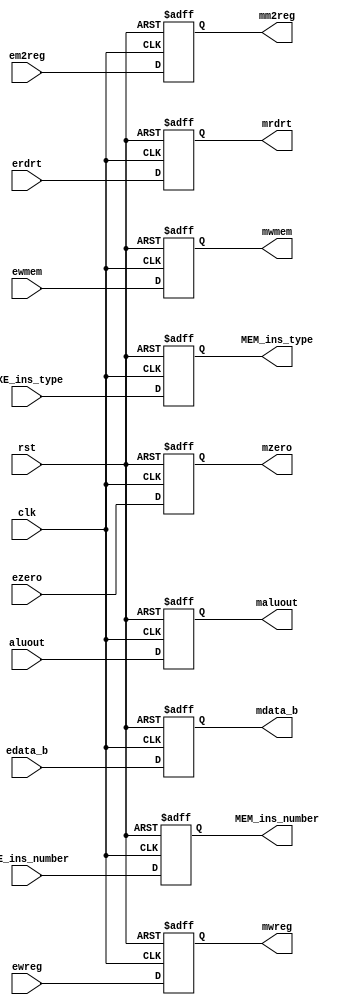
module Reg_EXE_MEM(clk, rst, ewreg,em2reg,ewmem,aluout,edata_b,erdrt, ezero,//inputs
                            mwreg,mm2reg,mwmem,maluout,mdata_b,mrdrt, mzero, 
                            EXE_ins_type, EXE_ins_number, MEM_ins_type, MEM_ins_number);
    input clk,rst,ewreg,em2reg,ewmem;
    input [31:0]    aluout,edata_b;
    input ezero;
    input [4:0]     erdrt;
    
    output mwreg,mm2reg,mwmem;
    output [31:0] maluout,mdata_b;
    output mzero;
    output [4:0] mrdrt;
        
    input[3:0] EXE_ins_type;
    input[3:0]  EXE_ins_number;
    output[3:0] MEM_ins_type;
    output[3:0] MEM_ins_number;

    reg[3:0] MEM_ins_type;
    reg[3:0] MEM_ins_number;    
    reg mwreg,mm2reg,mwmem;
    reg [31:0]  maluout,mdata_b;
    reg [4:0]       mrdrt;
    reg mzero;
 
    always@(posedge clk or posedge rst) begin
        if (rst) begin
            mwreg <= 0;
            mm2reg <= 0;
            mwmem <= 0;
            maluout <= 0;
            mdata_b <= 0;
            mrdrt <= 0;
            mzero <= 0;
            MEM_ins_type <= 0;
            MEM_ins_number <= 0;
        end
        else begin
            mwreg <= ewreg;
            mm2reg <= em2reg;
            mwmem <= ewmem;
            maluout <= aluout;
            mdata_b <= edata_b;
            mrdrt <= erdrt;
            mzero <= ezero;
            MEM_ins_type <= EXE_ins_type;
            MEM_ins_number <= EXE_ins_number;
        end
    end
endmodule